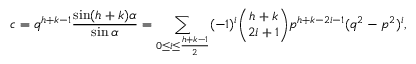
c = q ^ { h + k - 1 } { \frac { \sin ( h + k ) \alpha } { \sin \alpha } } = \sum _ { 0 \leq i \leq { \frac { h + k - 1 } { 2 } } } ( - 1 ) ^ { i } { \binom { h + k } { 2 i + 1 } } p ^ { h + k - 2 i - 1 } ( q ^ { 2 } - p ^ { 2 } ) ^ { i } ,